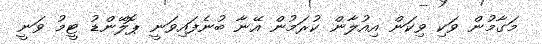
މަގާމުން ވަކި ވިކަން އިއުލާން ކުރަމުން އޭނާ ބުނެފައިވަނީ ޕޮލޭންޑު ޓީމު ވަނީ